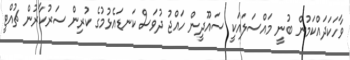
ވާހަކަދައްކަމުން ބުނީ މައްސަލައަކީ ސައޫދީން ހައްޖު ދުވަސް ކަނޑައެޅުމުގެ ކުރިން ސަރުކާރުން ޗުއްޓީ